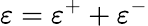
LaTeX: \varepsilon=\varepsilon^{+}+\varepsilon^{-}